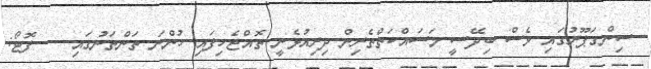
ސިންގަޕޫރުގައި ވެސް ބިދޭސީ މަސައްކަތްތެރިން ދިރިއުޅެނީ ތޮއްޖެހިފައި ހުންނަ ތަންތަނުގައި. -- ފޮޓޯ: